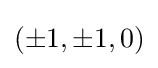
(\pm 1,\pm 1,0)